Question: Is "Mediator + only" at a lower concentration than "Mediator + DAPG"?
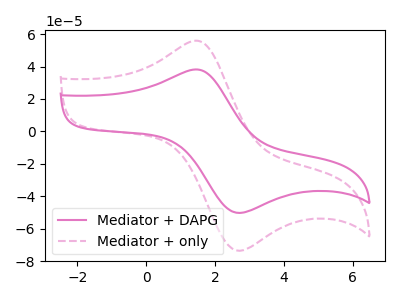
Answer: <think>The pink curve "Mediator + DAPG" has an anodic peak at (1.55V, 38.10uA) and a cathodic peak at (2.70V, -50.25uA). The pink dashed curve "Mediator + only" has an anodic peak at (1.55V, 55.80uA) and a cathodic peak at (2.70V, -73.60uA).
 All the peaks in "Mediator + DAPG" have a peak in "Mediator + only" at the same potential. Every peak in "Mediator + DAPG" is lower than every peak in "Mediator + only".</think>
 <answer>"Mediator + DAPG" has less signal than "Mediator + only" and so likely has a lower concentration.</answer>
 <eval>less_concentration</eval>